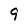
Character: 9